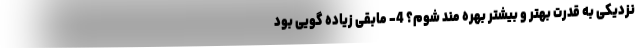
نزدیکی به قدرت بهتر و بیشتر بهره مند شوم؟ 4- مابقی زیاده گویی بود